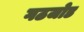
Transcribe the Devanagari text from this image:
गठजोड